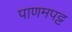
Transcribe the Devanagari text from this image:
पाणमपट्ट